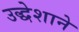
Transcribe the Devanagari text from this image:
उद्धेशाने